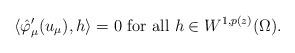
LaTeX: \begin{align*} \langle\hat{\varphi}'_\mu(u_\mu),h\rangle=0 \mbox{ for all }h\in W^{1,p(z)}(\Omega).\end{align*}